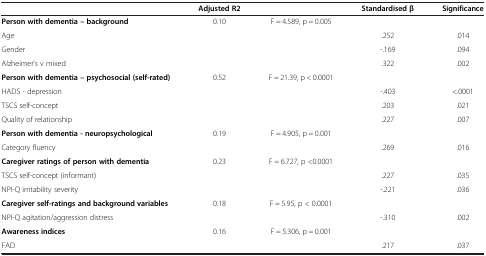
<table><thead><tr><td><b> </b></td><td><b>Adjusted R2</b></td><td><b> </b></td><td><b>Standardised β</b></td><td><b>Significance</b></td></tr></thead><tbody><tr><td><b>Person with dementia – background</b></td><td>0.10</td><td>F = 4.589, p = 0.005</td><td> </td><td> </td></tr><tr><td>Age</td><td> </td><td> </td><td>.252</td><td>.014</td></tr><tr><td>Gender</td><td> </td><td> </td><td>-.169</td><td>.094</td></tr><tr><td>Alzheimer’s v mixed</td><td> </td><td> </td><td>.322</td><td>.002</td></tr><tr><td><b>Person with dementia – psychosocial (self-rated)</b></td><td>0.52</td><td>F = 21.39, p &lt; 0.0001</td><td> </td><td> </td></tr><tr><td>HADS - depression</td><td> </td><td> </td><td>-.403</td><td>&lt;.0001</td></tr><tr><td>TSCS self-concept</td><td> </td><td> </td><td>.203</td><td>.021</td></tr><tr><td>Quality of relationship</td><td> </td><td> </td><td>.227</td><td>.007</td></tr><tr><td><b>Person with dementia - neuropsychological</b></td><td>0.19</td><td>F = 4.905, p = 0.001</td><td> </td><td> </td></tr><tr><td>Category fluency</td><td> </td><td> </td><td>.269</td><td>.016</td></tr><tr><td><b>Caregiver ratings of person with dementia</b></td><td>0.23</td><td>F = 6.727, p &lt;0.0001</td><td> </td><td> </td></tr><tr><td>TSCS self-concept (informant)</td><td> </td><td> </td><td>.227</td><td>.035</td></tr><tr><td>NPI-Q irritability severity</td><td> </td><td> </td><td>-.221</td><td>.036</td></tr><tr><td><b>Caregiver self-ratings and background variables</b></td><td>0.18</td><td>F = 5.95, p &lt; 0.0001</td><td> </td><td> </td></tr><tr><td>NPI-Q agitation/aggression distress</td><td> </td><td> </td><td>-.310</td><td>.002</td></tr><tr><td><b>Awareness indices</b></td><td>0.16</td><td>F = 5.306, p = 0.001</td><td> </td><td> </td></tr><tr><td>FAD</td><td> </td><td> </td><td>.217</td><td>.037</td></tr></tbody></table>